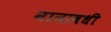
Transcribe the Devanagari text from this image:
नानावधी